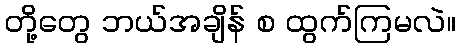
တို့တွေ ဘယ်အချိန် စ ထွက်ကြမလဲ။